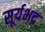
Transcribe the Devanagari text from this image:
सूर्यभद्र